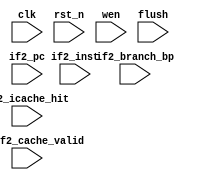
module reg_if2_id (
//output

//input
            clk,
            rst_n,
            wen,
            flush,
            if2_pc,
            if2_inst,
            if2_icache_hit,
            if2_branch_bp,
            if1_if2_cache_valid);
    
input wire clk;
input wire rst_n;
input wire wen;
input wire flush;
input wire [31:0] if2_pc;
input wire [31:0] if2_inst;
input wire if2_icache_hit;
input wire if2_branch_bp;
input wire if1_if2_cache_valid;

reg [31:0] pc;
reg [31:0] inst;
reg hit;
reg branch_bp;
reg stalled;
reg [31:0] buffer_inst;

always @(posedge clk ) begin
    if(!rst_n) begin
        pc <= 32'b0;
        inst <= 32'b0;
        hit <= 1'b0;
        branch_bp <= 1'b0;
    end
    else if(wen) begin
        pc <= flush ? 0 : if2_pc;
        inst <= flush ? 0 : 
                if1_if2_cache_valid ? (stalled ? buffer_inst : if2_inst) : 32'b0;
        hit <= flush ? 0 : 
                if1_if2_cache_valid ? if2_icache_hit : 1'b0;
        branch_bp <= flush ? 0 : if2_branch_bp;
    end
end

always @(posedge clk) begin
    if(!rst_n) begin
        stalled <= 1'b0;
    end
    else begin
        stalled <= !wen;
    end
end

always @(posedge clk) begin
    if(!rst_n) begin
        buffer_inst <= 32'b0;
    end
    else begin
        if(!stalled && !wen)
            buffer_inst <= if2_inst;
        else
            buffer_inst <= buffer_inst;
    end
end

endmodule